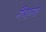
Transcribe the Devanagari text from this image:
गैबान्या